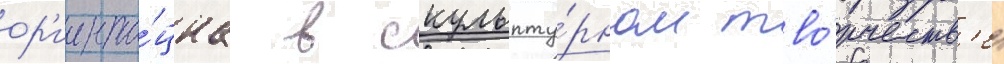
ор'иента́циа в скульпту́рном тво́рчеств'е